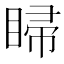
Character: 𥇳